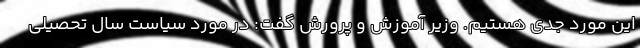
این مورد جدی هستیم. وزیر آموزش و پرورش گفت: در مورد سیاست سال تحصیلی